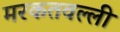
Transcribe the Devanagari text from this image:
मरकतवल्ली